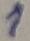
Text: 1